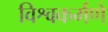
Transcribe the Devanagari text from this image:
विश्वकर्मणे